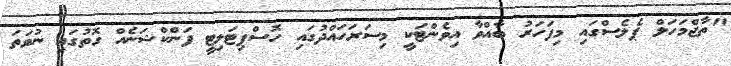
"ތާޖްމަހަލް ޕެލެސްގައި މިފަހަރު ބާއްވާ އިވެންޓަކީ މިސަރަހައްދުގައި ހޮސްޕިޓަލިޓީ ފަންކްޝަނެއް ގޮތުގައި ނުވަތަ